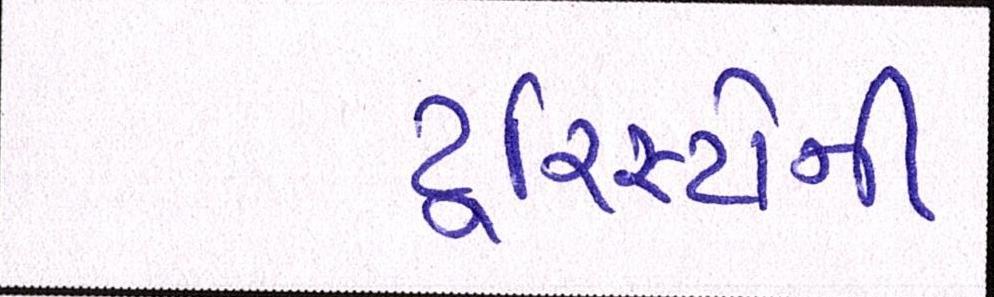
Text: ટૂરિસ્ટોની